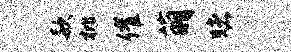
款枇催萌赌